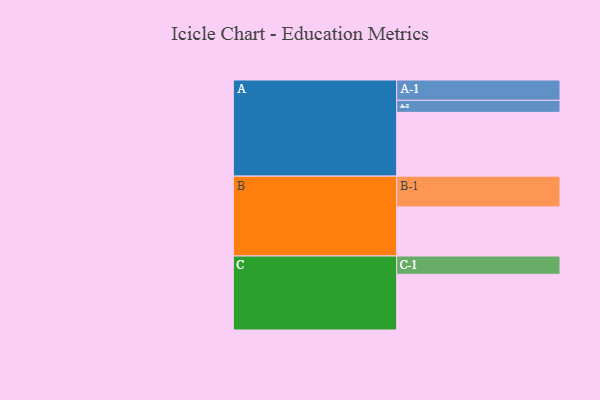
{"axis": {"x": "Segment", "y": "Value"}, "legend": ["", "A", "B", "C"], "data": [{"x": "A", "y": 599, "type": ""}, {"x": "B", "y": 461, "type": ""}, {"x": "C", "y": 523, "type": ""}, {"x": "A-1", "y": 191, "type": "A"}, {"x": "A-2", "y": 113, "type": "A"}, {"x": "B-1", "y": 289, "type": "B"}, {"x": "C-1", "y": 172, "type": "C"}]}